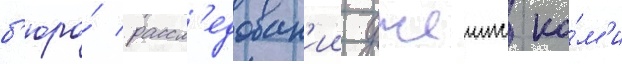
б'юро́ рассл'едован'ии джеимс ко́м'и